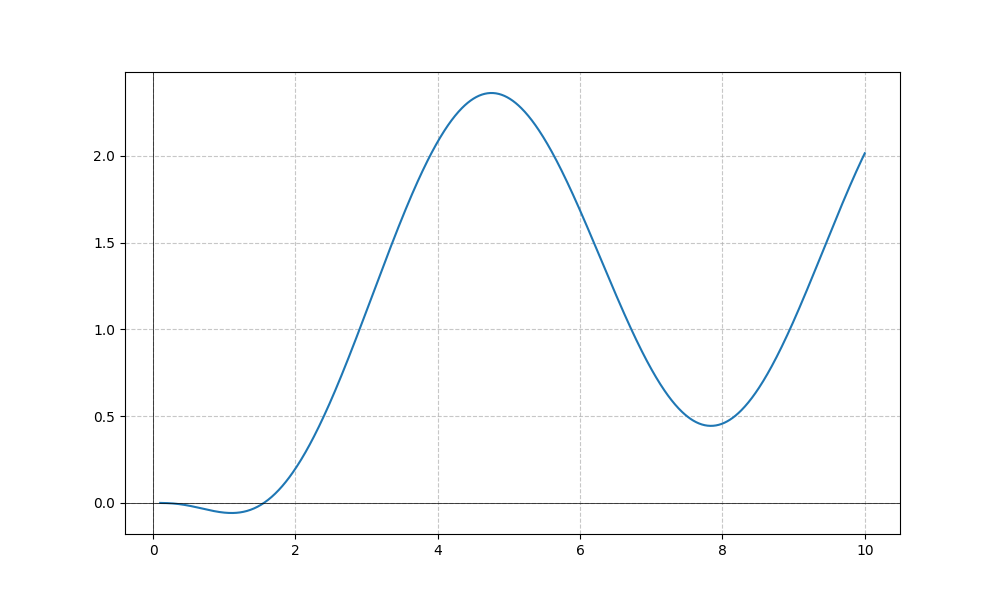
LaTeX formula: - \sin{\left(x \right)} + \operatorname{atan}{\left(x \right)}